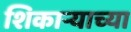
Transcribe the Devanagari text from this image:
शिकाऱ्याच्या